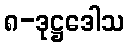
၈-ဒုဋ္ဌဒေါသ